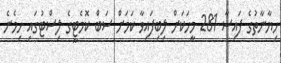
ހިޔާނާތުގެ ފައިސާ 281 މީހަކަށް ލިބިފައިވާ ކަމަށް ސަބް ކޮމެޓީގެ ލިސްޓުގައި ހިމެނެ